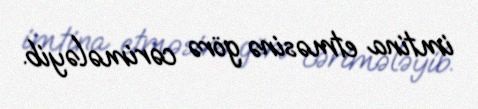
imtina etməsinə görə cərimələyib.